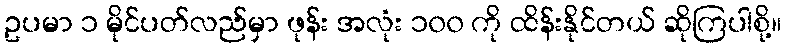
ဥပမာ ၁ မိုင်ပတ်လည်မှာ ဖုန်း အလုံး ၁၀၀ ကို ထိန်းနိုင်တယ် ဆိုကြပါစို့။